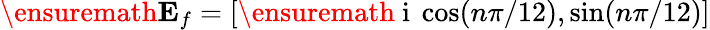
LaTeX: \ensuremath{\mathbf{E}_{f}}=[\ensuremath{\mathrm{~i~}}\cos(n\pi/12),\sin(n\pi/12)]